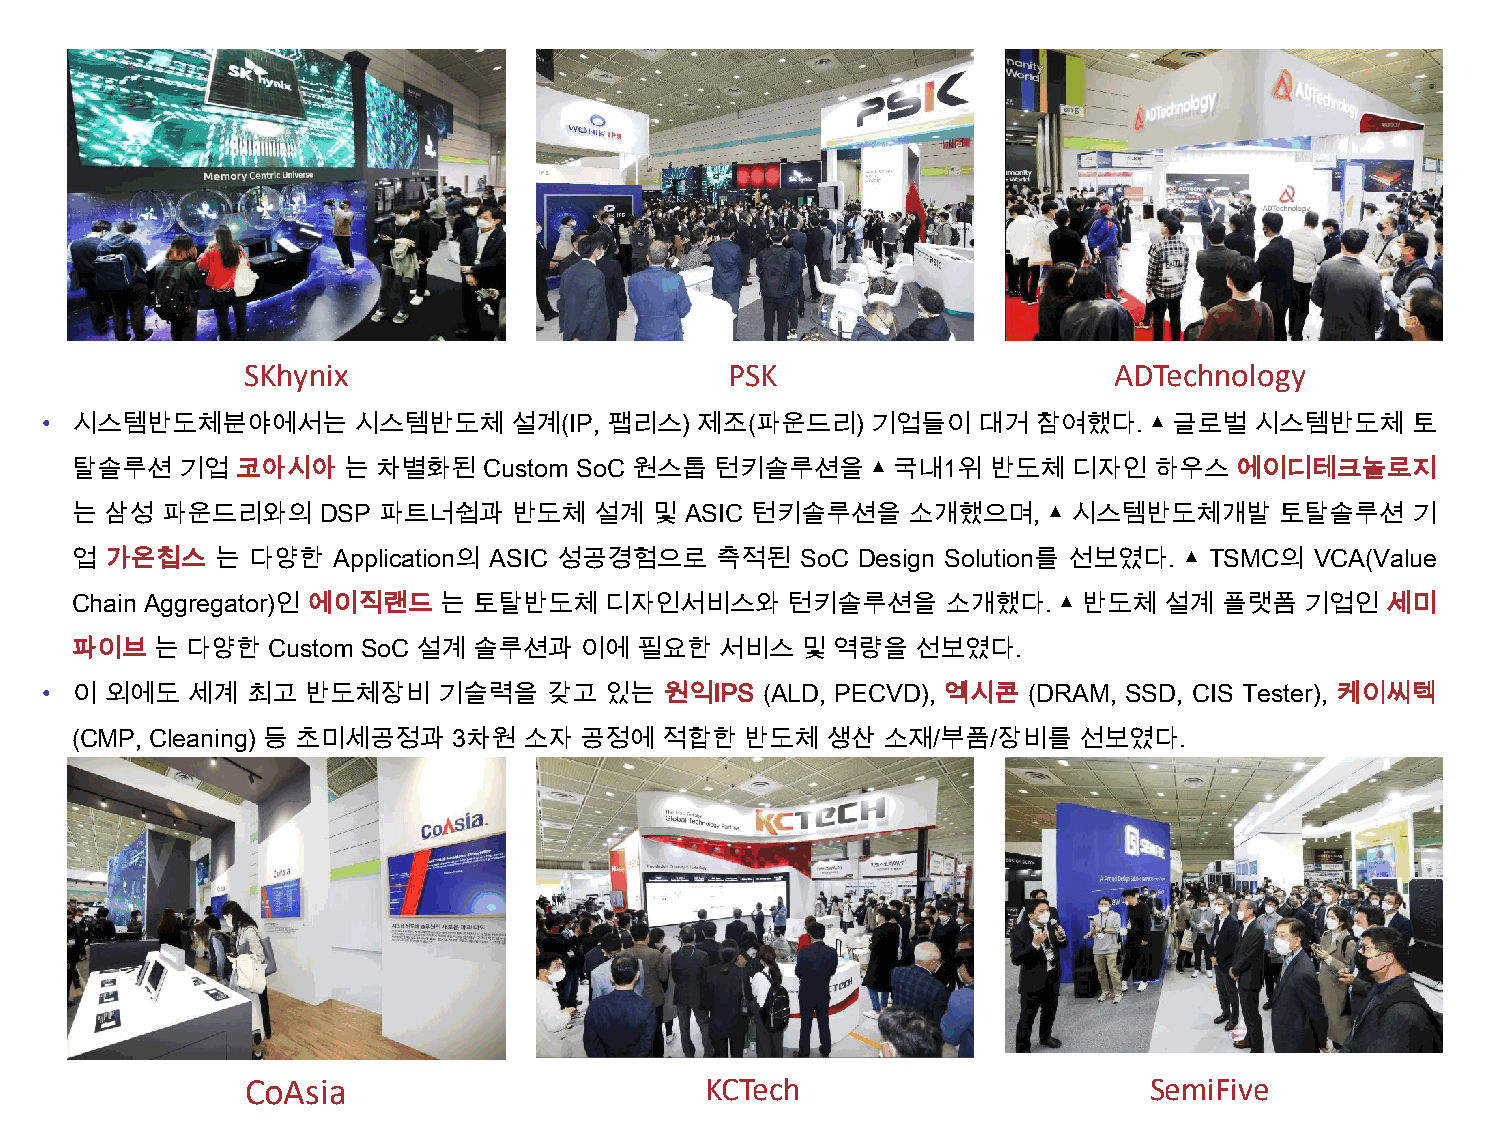
SKhynix                         PSK                       ADTechnology
 • 시스템반도체분야에서는       시스템반도체     설계(IP, 팹리스) 제조(파운드리)    기업들이   대거  참여했다.  ▲ 글로벌  시스템반도체    토
 탈솔루션   기업  코아시아   는 차별화된   Custom SoC 원스톱 턴키솔루션을     ▲ 국내1위  반도체  디자인  하우스   에이디테크놀로지
 는 삼성  파운드리와의    DSP 파트너쉽과    반도체  설계  및 ASIC 턴키솔루션을    소개했으며,   ▲ 시스템반도체개발      토탈솔루션   기
 업 가온칩스   는 다양한   Application의 ASIC 성공경험으로 축적된   SoC Design Solution를 선보였다. ▲ TSMC의 VCA(Value
 Chain Aggregator)인 에이직랜드 는 토탈반도체   디자인서비스와     턴키솔루션을     소개했다.  ▲ 반도체  설계  플랫폼  기업인   세미
 파이브  는 다양한   Custom SoC 설계 솔루션과  이에  필요한   서비스  및 역량을   선보였다.
 • 이 외에도  세계  최고  반도체장비    기술력을   갖고  있는  원익IPS (ALD, PECVD), 엑시콘 (DRAM, SSD, CIS Tester), 케이씨텍
 (CMP, Cleaning) 등 초미세공정과 3차원  소자 공정에   적합한  반도체   생산 소재/부품/장비를    선보였다.
 CoAsia                         KCTech                       SemiFive